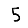
Digit: 5